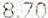
8.70